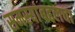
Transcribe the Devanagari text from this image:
समस्यांबद्दलचा